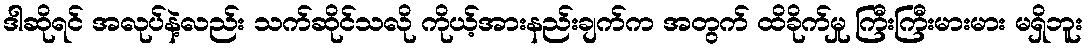
ဒါဆိုရင် အလုပ်နဲ့လည်း သက်ဆိုင်သလို ကိုယ့်အားနည်းချက်က အတွက် ထိခိုက်မှု ကြီးကြီးမားမား မရှိဘူး